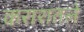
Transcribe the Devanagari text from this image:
करारातले